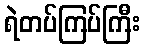
ရဲတပ်ကြပ်ကြီး